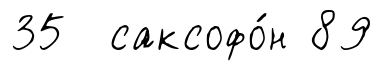
35 саксофо́н 89